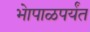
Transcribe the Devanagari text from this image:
भेापाळपर्यंत